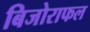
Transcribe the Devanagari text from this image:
बिजोराफल